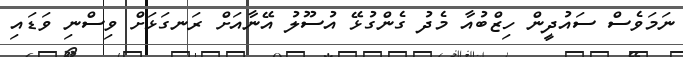
ނަމަވެސް ސައުދީން ހިޒްބުއާ މެދު ގެންގުޅޭ އުސޫލު އޭނާއަށް ރަނގަޅަށް ވިސްނި ވަޑައި